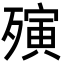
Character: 殥